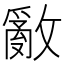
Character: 𢿳